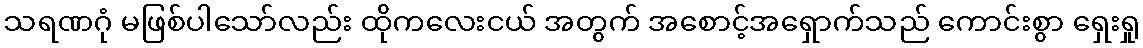
သရဏဂုံ မဖြစ်ပါသော်လည်း ထိုကလေးငယ် အတွက် အစောင့်အရှောက်သည် ကောင်းစွာ ရှေးရှု